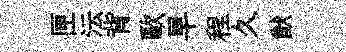
匣沄背歐旱程久猷